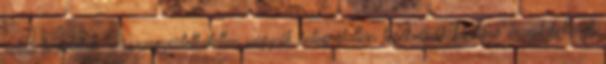
velük törődőket. Összeegyeztethetetlen vágyaik, integrálatlan törekvéseik kaotikus érzést keltenek